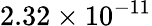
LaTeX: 2.32\times 10^{-11}